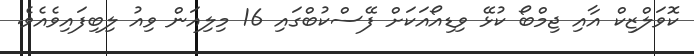
ކޮވަލްޒިކް އާއި ޖިމްބޯ ކުޅޭ ވިޑިއޯއަކަށް ފޭސްކުބްގައި 16 މިލިއަން ވިއު ލިބިފައިވެއެވެ.